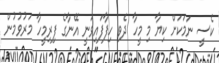
ކެސީ ނަމަކަށް ކިޔާ މި މީހާ ދެވި ހިފާފައިވަނީ އޭނާގެ ފިރިމީހާ މަރުވުމުން